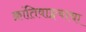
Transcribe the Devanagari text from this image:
क्रांतिवाङ्मयाचा